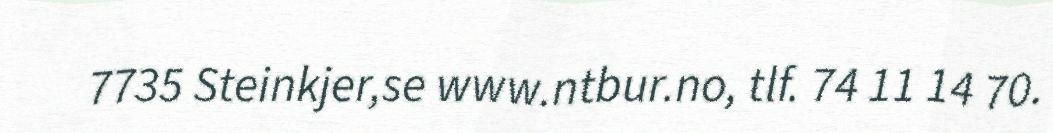
7735 Steinkjer,se www.ntbur.no, tlf. 74 11 14 70.